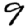
Digit: 9